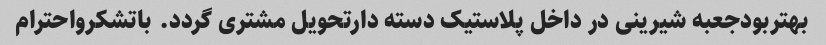
بهتربودجعبه شیرینی در داخل پلاستیک دسته دارتحویل مشتری گردد. باتشکرواحترام